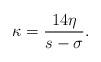
LaTeX: \begin{align*}\kappa=\frac{14\eta}{s - \sigma}.\end{align*}